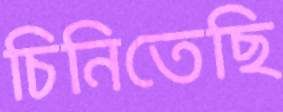
চিনিতেছি